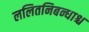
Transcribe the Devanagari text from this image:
ललितनिबन्धाश्च